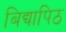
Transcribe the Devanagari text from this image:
बिद्यापिठ